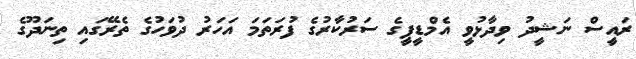
ރައީސް ނަޝީދު ވިދާޅުވީ އެމްޑީޕީގެ ސަރުކާރުގެ ފުރަތަމަ އަހަރު ދުވަހުގެ ތެރޭގައި ތިނަދޫގެ